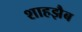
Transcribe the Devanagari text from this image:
शाहझैब